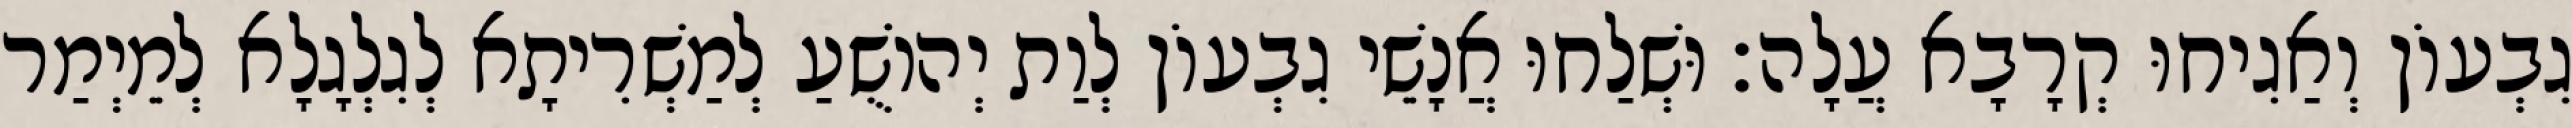
גִבְעוֹן וְאַגִיחוּ קְרָבָא עֲלָה׃ וּשְׁלַחוּ אֲנָשֵׁי גִבְעוֹן לְוַת יְהוֹשֻׁעַ לְמַשְׁרִיתָא לְגִלְגָלָא לְמֵיְמַר